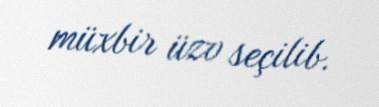
müxbir üzv seçilib.